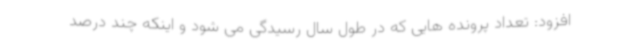
افزود: تعداد پرونده هایی که در طول سال رسیدگی می شود و اینکه چند درصد